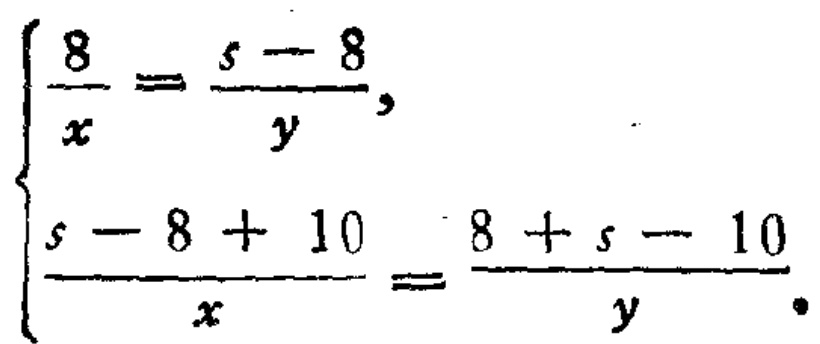
$\left\{\begin{array}{l}
\frac{8}{x}=\frac{s - 8}{y},\\
\frac{s - 8 + 10}{x}=\frac{8 + s - 10}{y}
\end{array}\right.$